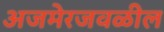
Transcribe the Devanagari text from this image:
अजमेरजवळील